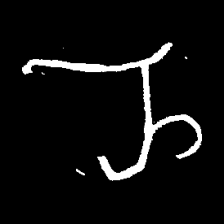
Pyu character \u2014 Myanmar letter: ည (romanized: nya)